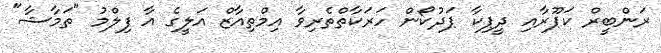
ރަންބީރް ކަޕޫރާއި ދީޕިކާ ޕަދުކޯން ހަރަކާތްތެރިވާ އިމްތިއާޒް އަލީގެ އާ ފިލްމު "ތަމާޝާ"